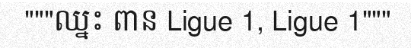
"""ឈ្នះ ពាន Ligue 1, Ligue 1"""